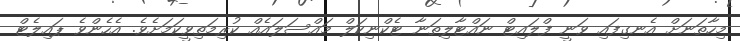
މިހާތަނަށް އެނގިފައި ވަނީ ފްލައިޓް ނައްޓާލިތަނާ ޓެކްނިކަލް މައްސަލައެއް ކުރިމަތިވީކަމަށެވެ. އެހެންވެ ޕައިލެޓް